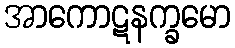
အာကောဋနက္ခမော